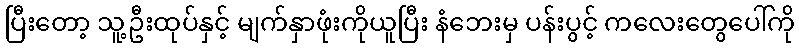
ပြီးတော့ သူ့ဦးထုပ်နှင့် မျက်နှာဖုံးကိုယူပြီး နံဘေးမှ ပန်းပွင့် ကလေးတွေပေါ်ကို